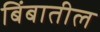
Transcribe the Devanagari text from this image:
बिंबातील